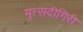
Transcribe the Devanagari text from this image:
मुत्सदीगिरी